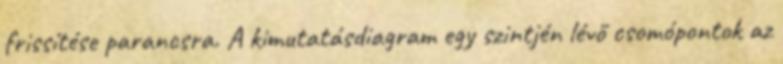
frissítése parancsra. A kimutatásdiagram egy szintjén lévő csomópontok az